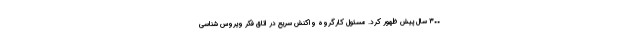
۳۰۰ سال پیش ظهور کرد. مسئول کارگروه واکنش سریع در اتاق فکر ویروس شناسی